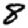
Digit: 8